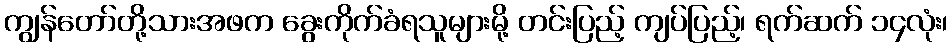
ကျွန်တော်တို့သားအဖက ခွေးကိုက်ခံရသူများမို့ တင်းပြည့် ကျပ်ပြည့်၊ ရက်ဆက် ၁၄လုံး၊